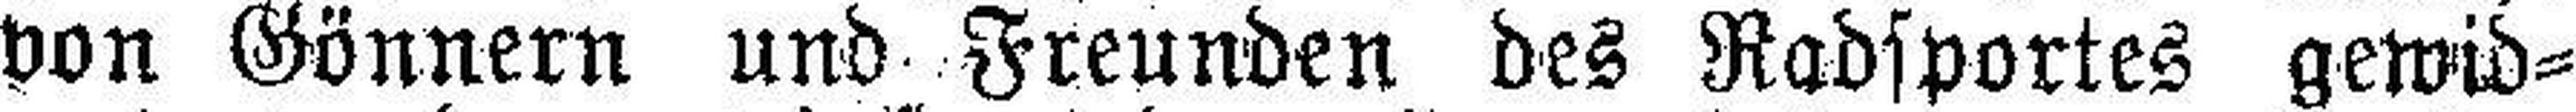
von Gönnern und Freunden des Radsportes gewid¬